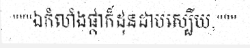
"""ឯកំលាំងផ្កាក៏ដុនដាបស្បើយ,"""